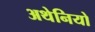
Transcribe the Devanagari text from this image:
अथेनियो